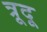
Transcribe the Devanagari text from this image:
त्रूदू